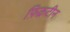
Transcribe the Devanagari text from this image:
फ़िक्रटीन